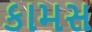
કામસ